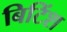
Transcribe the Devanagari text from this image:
बिटिंश